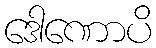
ဒေါဏောပိ